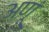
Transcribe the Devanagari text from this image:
अणूं